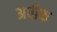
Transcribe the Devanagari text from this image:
अवीक